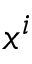
x ^ { i }